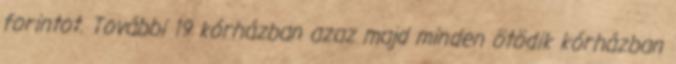
forintot. További 19 kórházban azaz majd minden ötödik kórházban